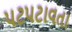
પટપટાવતા